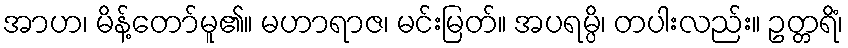
အာဟ၊ မိန့်တော်မူ၏။ မဟာရာဇ၊ မင်းမြတ်။ အပရမ္ပိ၊ တပါးလည်း။ ဥတ္တရိံ၊